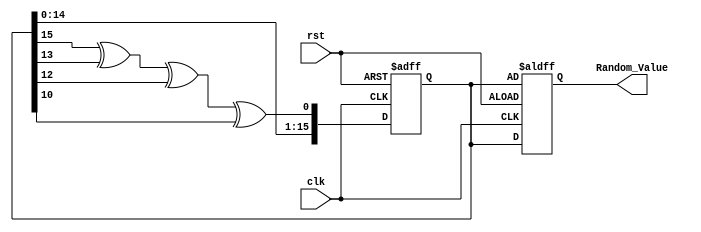
module Random_Initialization (
    input wire clk,          // Clock signal
    input wire rst,          // Reset signal
    output reg [15:0] Random_Value // Random value output (16-bit)
);

    // Internal parameters
    reg [15:0] seed; // Seed for random number generation

    // LFSR feedback polynomial (example: x^16 + x^14 + x^13 + x^11 + 1)
    wire feedback = seed[15] ^ seed[13] ^ seed[12] ^ seed[10];

    // Random value generation process
    always @(posedge clk or posedge rst) begin
        if (rst) begin
            // Reset the seed and generate a new random value
            seed <= 16'hACE1; // Initial seed value (can be changed)
            Random_Value <= seed; // Assign initial random value
        end else begin
            // Shift and generate new random value
            seed <= {seed[14:0], feedback}; // Shift left and insert feedback
            Random_Value <= seed; // Update the random value
        end
    end

    // Initial block for random initialization at the start of simulation
    initial begin
        seed = 16'hACE1; // Initial seed value
        Random_Value = seed; // Assign initial random value
    end

endmodule